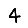
Digit: 4